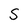
Character: S